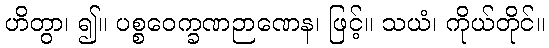
ဟိတွာ၊ ၍။ ပစ္စဝေက္ခဏဉာဏေန၊ ဖြင့်။ သယံ၊ ကိုယ်တိုင်။